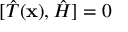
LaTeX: [ { \hat { T } } ( \mathbf { x } ) , { \hat { H } } ] = 0